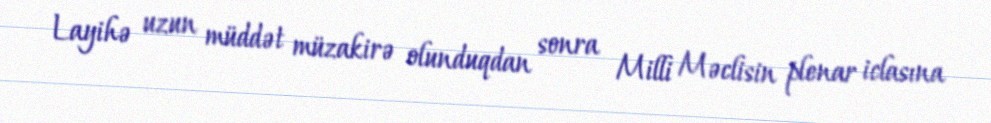
Layihə uzun müddət müzakirə olunduqdan sonra Milli Məclisin plenar iclasına